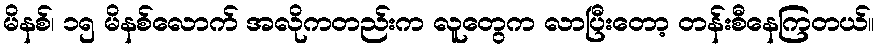
မိနစ်၊ ၁၅ မိနစ်လောက် အလိုကတည်းက လူတွေက လာပြီးတော့ တန်းစီနေကြတယ်။